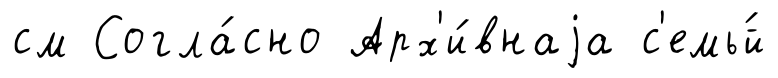
см Согла́сно Арх'и́внаjа с'емь́й